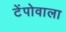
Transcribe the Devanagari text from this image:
टेंपोवाला